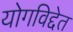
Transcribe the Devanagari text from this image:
योगविद्देत